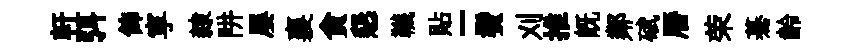
軒弭飾寕隸阱屡襄貪懇韈貼-鬢刈推既鄰碔曆荣驀齡